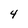
Character: 4